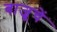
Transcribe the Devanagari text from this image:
बाजूचें